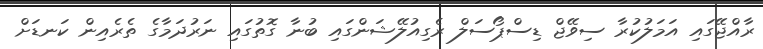
ރާއްޖޭގައި އަމަލުކުރާ ސިވޭޖް ޑިސްޕޯސަލް ރެގިއުލޭޝަންގައި ބުނާ ގޮތުގައި ނަރުދަމާގެ ތެރެއިން ކަނޑަށް